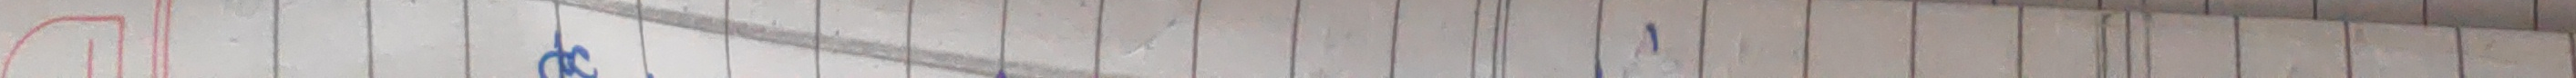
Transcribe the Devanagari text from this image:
क्षई